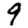
Digit: 9